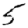
Digit: 5